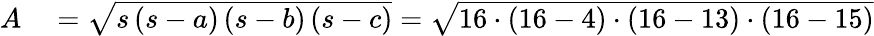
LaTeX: \begin{array}{rl}{A}&{{}={\sqrt{s\left(s-a\right)\left(s-b\right)\left(s-c\right)}}={\sqrt{16\cdot(16-4)\cdot(16-13)\cdot(16-15)}}}\end{array}